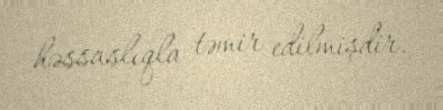
həssaslıqla təmir edilmişdir.